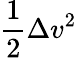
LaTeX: {\frac{1}{2}}\Delta v^{2}